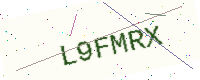
Text: L9FMRX